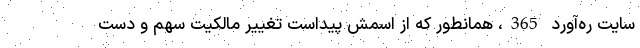
سایت ره‌آورد 365، همانطور که از اسمش پیداست تغییر مالکیت سهم و دست